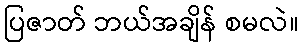
ပြဇာတ် ဘယ်အချိန် စမလဲ။